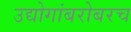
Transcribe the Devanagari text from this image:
उद्योगांबरोबरच